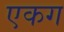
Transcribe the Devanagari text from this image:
एकग